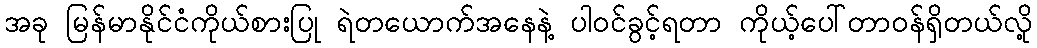
အခု မြန်မာနိုင်ငံကိုယ်စားပြု ရဲတယောက်အနေနဲ့ ပါဝင်ခွင့်ရတာ ကိုယ့်ပေါ်တာဝန်ရှိတယ်လို့